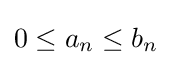
0\leq a_{n}\leq b_{n}